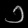
Digit: ၁